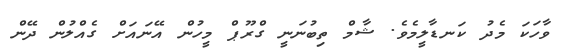
ވާހަކަ މެދު ކަނޑާލީމެވެ. ޝާމް ތިބުނަނީ ގްރޫޕް މީހުން އޭނައަށް ގެއްލުން ދޭން